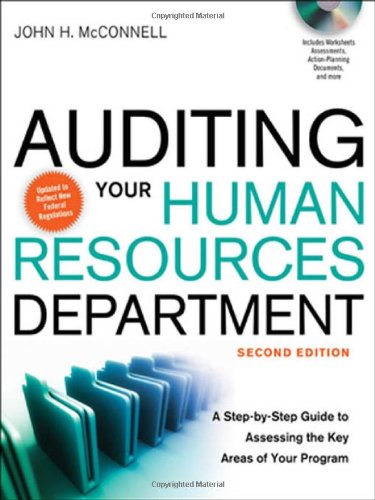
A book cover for Auditing Your Human Resources Department: A Step-by-Step Guide to Assessing the Key Areas of Your Program; John H. McConnell; Business & Money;